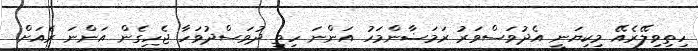
ހިތިވިލޭރެއޭ މިކިޔަނީ އެދުވަސްވަރު ރަމަޟާންމަހު އަންނަ ހިތި ދުވަސްދުވަހާ ޖެހިގެން އަންނަ ރެއަށް